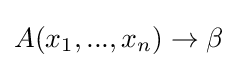
A(x_{1},...,x_{n})\to \beta